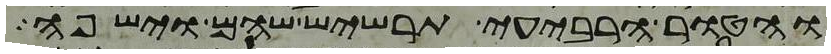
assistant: והטור הרביעי תרשיש שהם וישפה